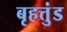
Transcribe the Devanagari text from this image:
बृहत्तुंड